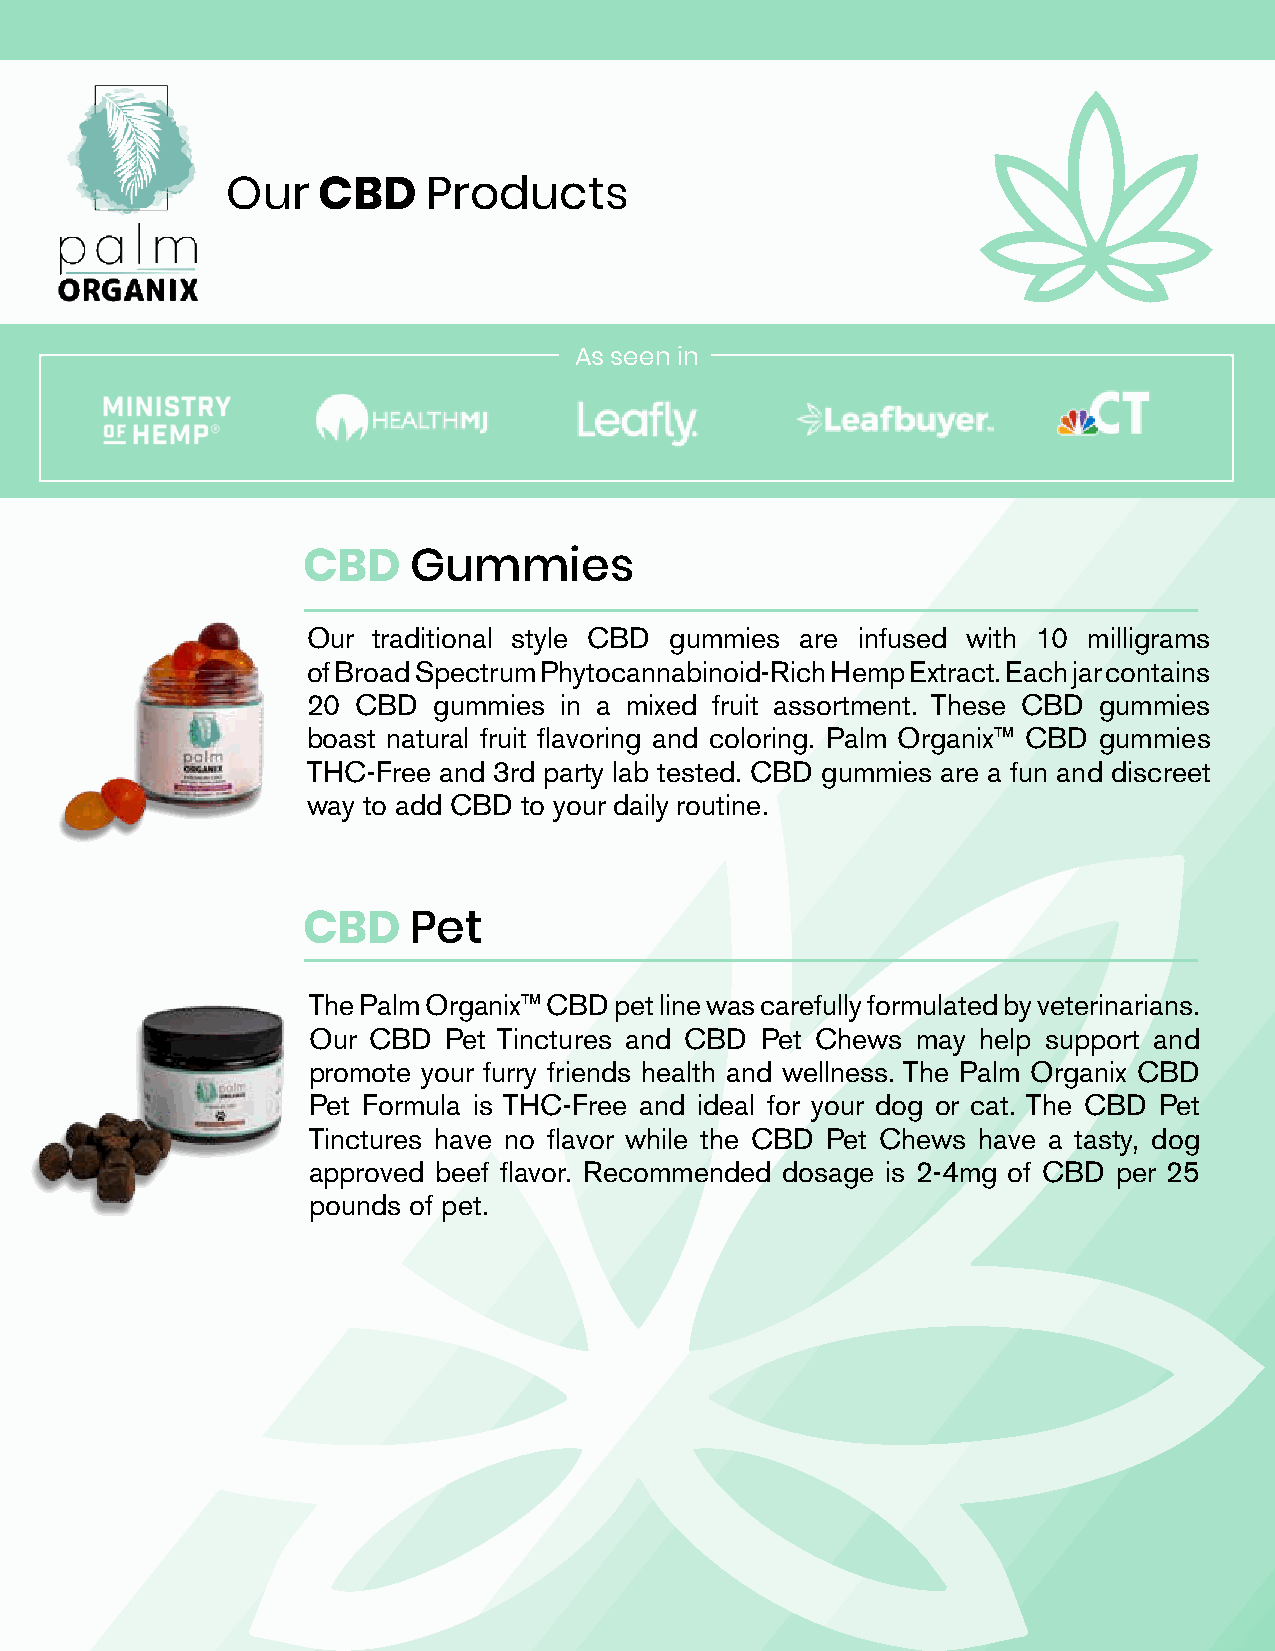
Our   CBD    Products
 As seen in
 CBD    Gummies
 Our  traditional style CBD gummies are infused with 10 milligrams
 of Broad Spectrum Phytocannabinoid-Rich Hemp Extract. Each jar contains
 20  CBD  gummies in a mixed fruit assortment. These CBD gummies
 boast natural fruit flavoring and coloring. Palm Organix™ CBD gummies
 THC-Free and 3rd party lab tested. CBD gummies are a fun and discreet
 way to add CBD to your daily routine.
 CBD    Pet
 The Palm Organix™ CBD pet line was carefully formulated by veterinarians.
 Our CBD  Pet Tinctures and CBD Pet Chews may help support and
 promote your furry friends health and wellness. The Palm Organix CBD
 Pet Formula is THC-Free and ideal for your dog or cat. The CBD Pet
 Tinctures have no flavor while the CBD Pet Chews have a tasty, dog
 approved beef flavor. Recommended dosage is 2-4mg of CBD per 25
 pounds of pet.